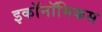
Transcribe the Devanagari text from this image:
इकॉनॉमिकस